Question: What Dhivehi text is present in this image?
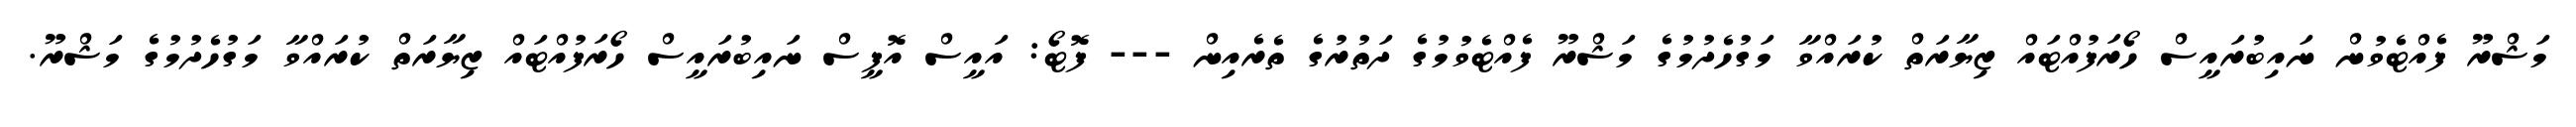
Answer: މަޝްރޫ ފެއްޓެވުން ނައިބުރައީސް ހޯރަފުއްޓައް ޒިޔާރަތް ކުރައްވާ މަގުހެދުމުގެ މަޝްރޫ ފެއްޓެވުމުގެ ދަތުރުގެ ތެރެއިން --- ފޮޓޯ: އައީސް އޮފީސް ނައިބުރައީސް ހޯރަފުއްޓައް ޒިޔާރަތް ކުރައްވާ މަގުހެދުމުގެ މަޝްރޫ.